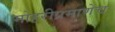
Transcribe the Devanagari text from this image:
मोहरीप्रमाणेच